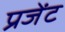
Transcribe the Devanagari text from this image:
प्रजेंट